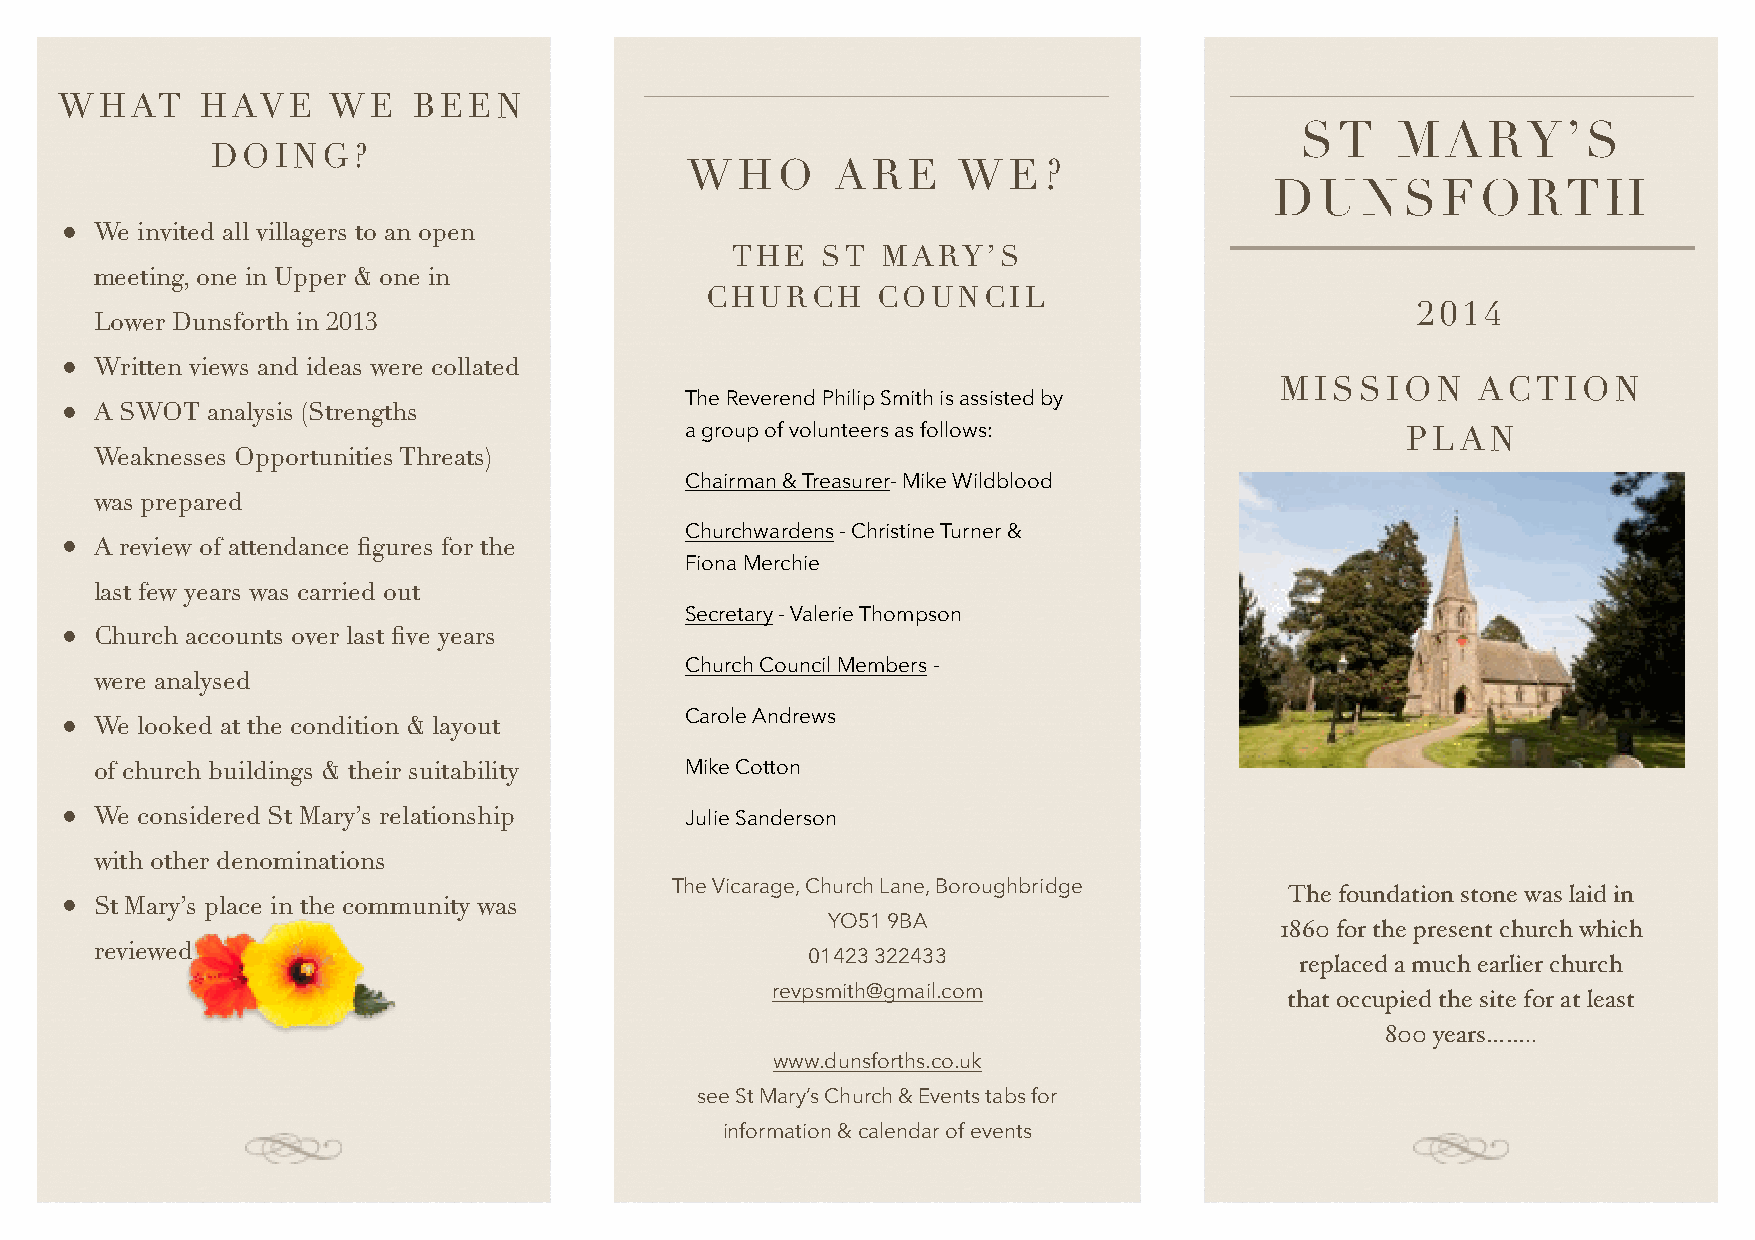
WHAT     HAVE     WE   BEEN
 ST    MARY’S
 DOING?
 WHO       ARE     WE?
 DUNSFORTH
 • We invited all villagers to an open
 THE   ST  MARY’S
 meeting, one in Upper & one in
 CHURCH     COUNCIL
 2014
 Lower Dunsforth in 2013                !
 • Written views and ideas were collated
 MISSION      ACTION
 The Reverend Philip Smith is assisted by
 • A SWOT  analysis (Strengths
 a group of volunteers as follows:               PLAN
 Weaknesses Opportunities Threats)
 Chairman & Treasurer- Mike Wildblood
 was prepared
 Churchwardens - Christine Turner &
 • A review of attendance figures for the
 Fiona Merchie
 last few years was carried out
 Secretary - Valerie Thompson
 • Church accounts over last five years
 Church Council Members -
 were analysed
 • We looked at the condition & layout    Carole Andrews
 of church buildings & their suitability Mike Cotton
 • We considered St Mary’s relationship   Julie Sanderson
 !
 with other denominations
 The Vicarage, Church Lane, Boroughbridge The foundation stone was laid in
 • St Mary’s place in the community was
 YO51 9BA                      1860 for the present church which
 reviewed
 01423 322433                     replaced a much earlier church
 revpsmith@ !gmail.com             that occupied the site for at least
 800 years……..
 www.dunsforths.co.uk
 see St Mary’s Church & Events tabs for
 information & calendar of events